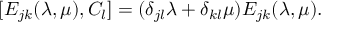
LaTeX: [ E _ { j k } ( \lambda , \mu ) , { \cal C } _ { l } ] = ( \delta _ { j l } \lambda + \delta _ { k l } \mu ) E _ { j k } ( \lambda , \mu ) .